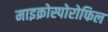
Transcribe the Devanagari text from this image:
माइक्रोस्पोरोफिल